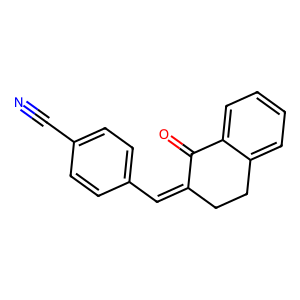
SMILES: N#Cc1ccc(C=C2CCc3ccccc3C2=O)cc1
Inhibits HIV replication: No